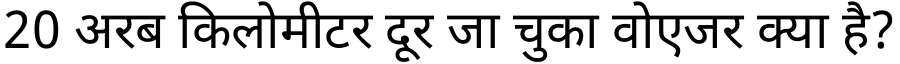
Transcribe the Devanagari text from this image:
20 अरब किलोमीटर दूर जा चुका वोएजर क्या है?